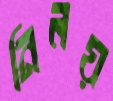
নিলয়